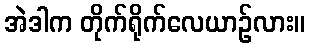
အဲဒါက တိုက်ရိုက်လေယာဉ်လား။